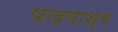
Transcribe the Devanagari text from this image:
पादपाश्म